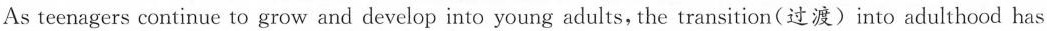
As teenagers continue to grow and develop into young adults, the transition(过渡)into adulthood has